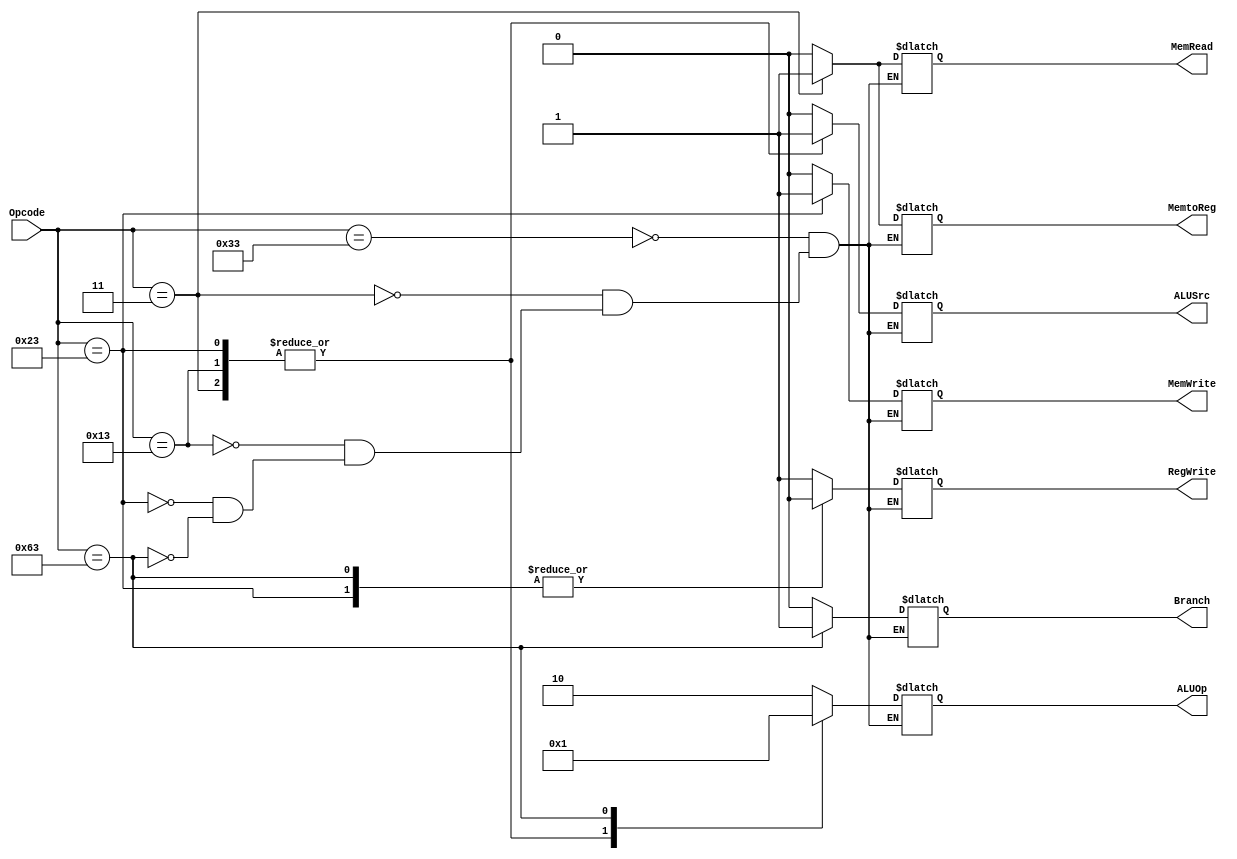
`timescale 1ns / 1ps

module Control_Unit
(
	input [6:0] Opcode,
	output reg Branch, MemRead, MemtoReg, MemWrite, ALUSrc, RegWrite, 
	output reg [1:0] ALUOp
);

	always @ (Opcode)
	begin
		case (Opcode)
			7'b0110011: // R type
				begin
					 Branch = 0;
					 MemRead = 0;
					 MemtoReg = 0;
					 MemWrite = 0;
					 ALUSrc = 0;
					 RegWrite = 1;
					 ALUOp = 2'b10;
				end
			
			7'b0000011: // ld 
				begin
					 Branch = 0;
					 MemRead = 1;
					 MemtoReg = 1;
					 MemWrite = 0;
					 ALUSrc = 1;
					 RegWrite = 1;
					 ALUOp = 2'b00;
				end
			7'b0010011: // addi and slli
				begin
					 Branch = 0;
					 MemRead = 0;
					 MemtoReg = 0;
					 MemWrite = 0;
					 ALUSrc = 1;
					 RegWrite = 1;
					 ALUOp = 2'b00;
				end
			7'b0100011: // SD
				begin
					 Branch = 0;
					 MemRead = 0;
					 MemtoReg = 1'bx;
					 MemWrite = 1;
					 ALUSrc = 1;
					 RegWrite = 0;
					 ALUOp = 2'b00;
				end
			7'b1100011:  //SB
				begin
					 Branch = 1;
					 MemRead = 0;
					 MemtoReg = 1'bx;
					 MemWrite = 0;
					 ALUSrc = 0;
					 RegWrite = 0;
					 ALUOp = 2'b01;
				end
		endcase
	end

endmodule